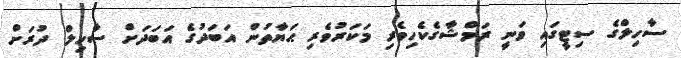
ސާހިލްގެ ސިޓީގައި ވަނީ ރަމްޝާގެކެހިވެރި މަކަރުވެރި ޙަޔާތުން އަބަދުގެ އަބަދަށް ސާހިލް ދުރަށް